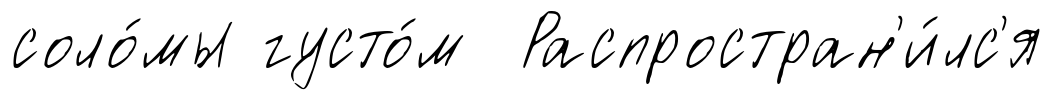
соло́мы густо́м Распростран'и́лс'я